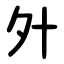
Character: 㚈